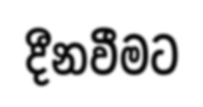
දීනවීමට